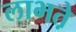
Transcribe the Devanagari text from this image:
लाभते़